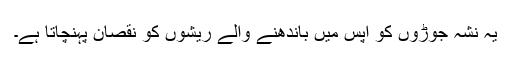
یہ نشہ جوڑوں کو آپس میں باندھنے والے ریشوں کو نقصان پہنچاتا ہے۔